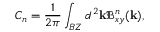
C _ { n } = \frac { 1 } { 2 \pi } \int _ { B Z } d ^ { 2 } \mathbf { k } \mathbf { \mathfrak { B } } _ { x y } ^ { n } ( \mathbf { k } ) ,